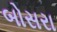
બોસરા